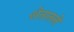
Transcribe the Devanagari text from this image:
शेतातले